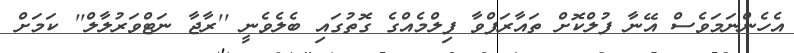
އެހެންނަމަވެސް އޭނާ ފުލްކޮށް ތައާރަފްވާ ފިލްމެއްގެ ގޮތުގައި ބެލެވެނީ ''ރާޖާ ނަޓްވަރުލާލް'' ކަމަށް